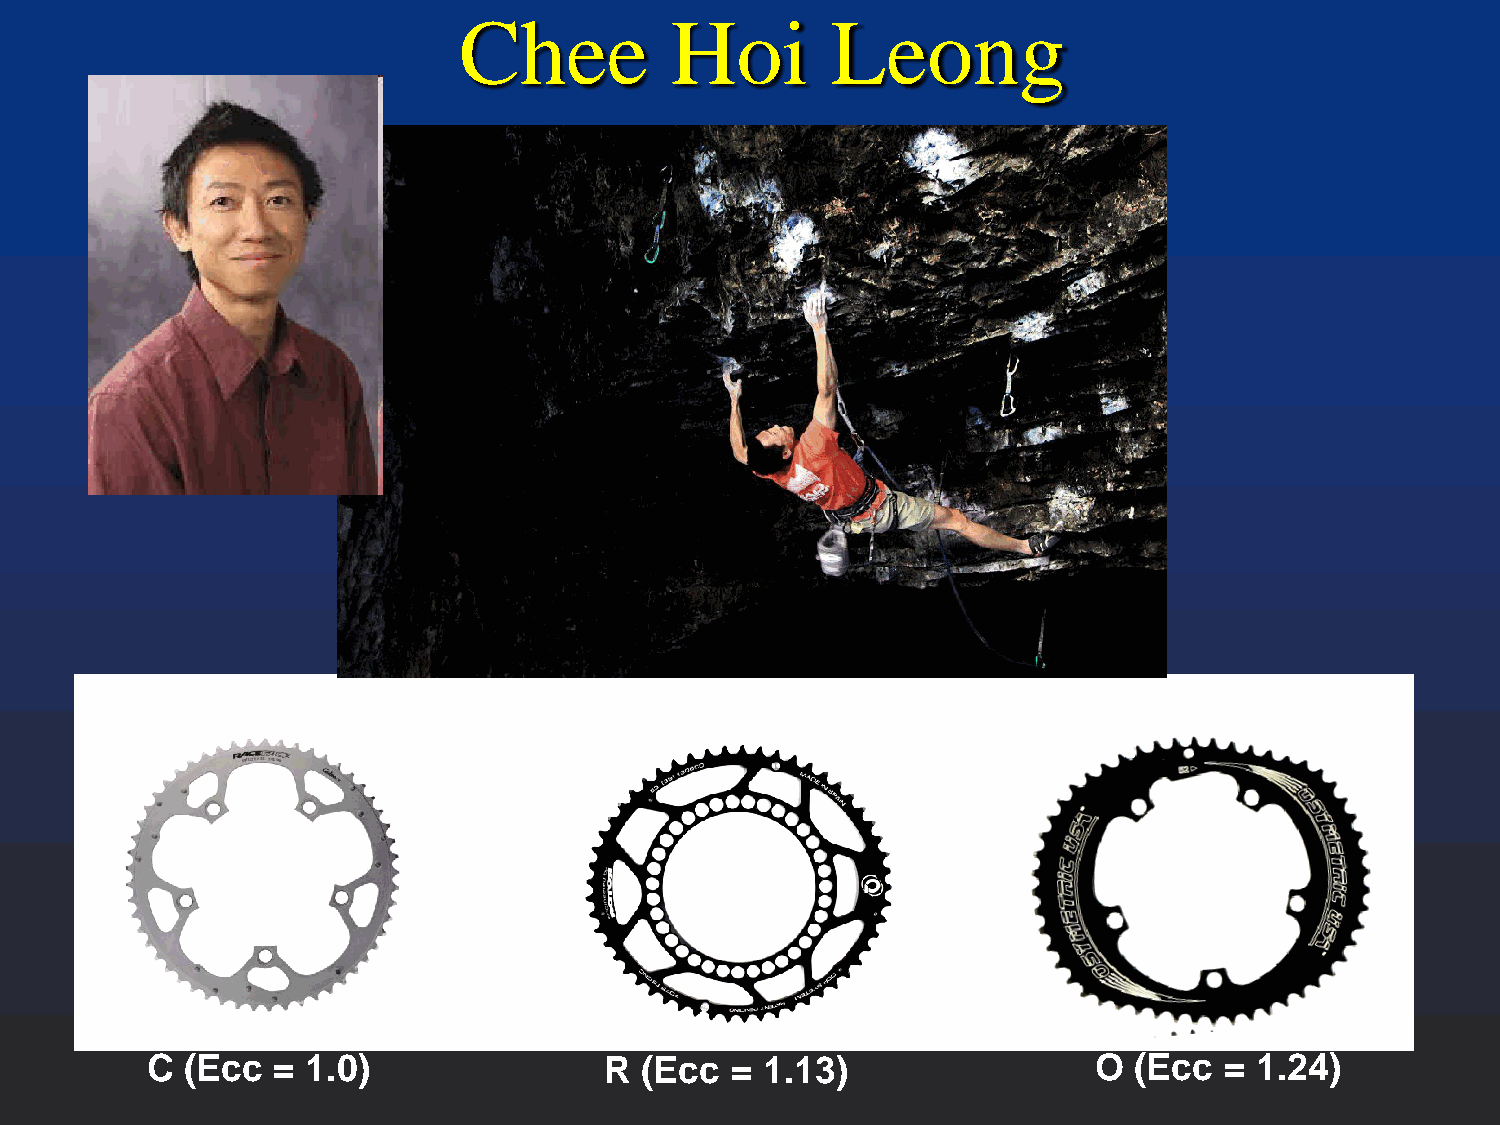
Chee          Hoi        Leong
 C (Ecc  = 1.0)                R (Ecc  =  1.13)                 O (Ecc  = 1.24)